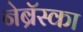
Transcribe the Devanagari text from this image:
नेब्रॅस्का